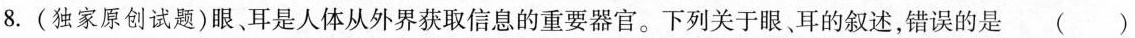
8.(独家原创试题)眼、耳是人体从外界获取信息的重要器官。下列关于眼耳的叙述，错误的是 （）